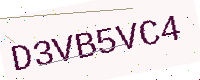
Text: D3VB5VC4